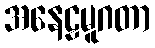
အနေဠမူဂတာ